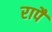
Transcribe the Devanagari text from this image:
रापैं